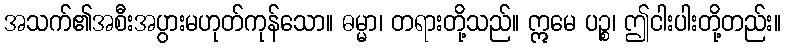
အသက်၏အစီးအပွားမဟုတ်ကုန်သော။ ဓမ္မာ၊ တရားတို့သည်။ ဣမေ ပဉ္စ၊ ဤငါးပါးတို့တည်း။